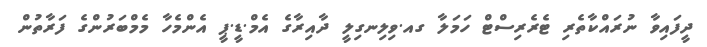
ދީފައިވާ ނުރައްކާތެރި ޓެރެރިސްޓް ހަމަލާ ގއ.ވިލިނގިލީ ދާއިރާގެ އެމް.ޑީ.ޕީ އެންމެހާ މެމްބަރުންގެ ފަރާތުން